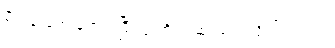
မီးပန်းတွေ ဖောက်ပြီး ပွဲ ကို အဆုံးသတ်လိုက်ပါတယ်။